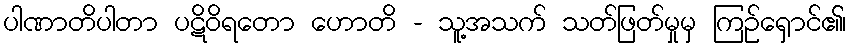
ပါဏာတိပါတာ ပဋိဝိရတော ဟောတိ - သူ့အသက် သတ်ဖြတ်မှုမှ ကြဉ်ရှောင်၏၊